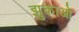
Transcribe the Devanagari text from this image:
झुकाओ